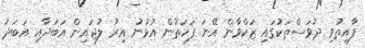
ފާއިތުވި ދުވަސްތަކުގައި ޒަކްވާން އޭނަ ފަހަތުން އުޅުނު އިރު ލުޖައިން އަބަދާއި އަބަދު